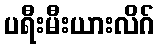
ပရီးမီးယားလိဂ်